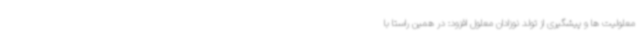
معلولیت ها و پیشگیری از تولد نوزادان معلول افزود: در همین راستا با